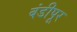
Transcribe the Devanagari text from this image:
बंडीपूर